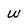
Character: w